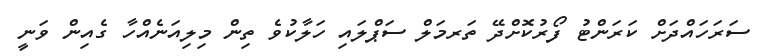
ސަރަހައްދަށް ކަރަންޓު ފޯރުކޮށްދޭ ތަރމަލް ސަޕްލައި ހަލާކުވެ ތިން މިލިއަނެއްހާ ގެއިން ވަނީ